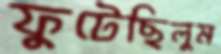
ফুটেছিলুম